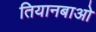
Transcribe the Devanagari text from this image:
तियानबाओ